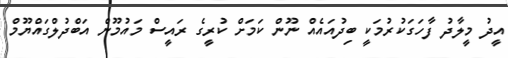
އީދު މީލާދު ފާހަގަކުރުމަކީ ބިދުއައެއް ނޫން ކަމަށް ކުރީގެ ރައީސް މައުމޫން އަބްދުލްގައްޔޫމް